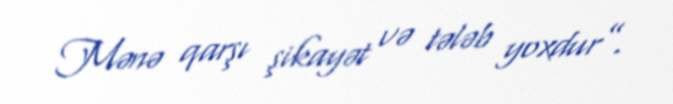
Mənə qarşı şikayət və tələb yoxdur”.